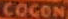
COGON